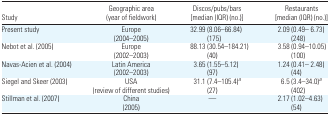
<table><thead><tr><td><b>Study</b></td><td><b>Geographic area (year of fieldwork)</b></td><td><b>Discos/pubs/bars [median (IQR) (no.)]</b></td><td><b>Restaurants [median (IQR) (no.)]</b></td></tr></thead><tbody><tr><td>Present study</td><td>Europe (2004–2005)</td><td>32.99 (8.06–66.84) (175)</td><td>2.09 (0.49– 6.73) (248)</td></tr><tr><td>Nebot et al. (2005)</td><td>Europe (2002–2003)</td><td>88.13 (30.54–184.21) (40)</td><td>3.58 (0.94–10.05) (100)</td></tr><tr><td>Navas-Acien et al. (2004)</td><td>Latin America (2002–2003)</td><td>3.65 (1.55–5.12) (97)</td><td>1.24 (0.41– 2.48) (44)</td></tr><tr><td>Siegel and Skeer (2003)</td><td>USA (review of different studies)</td><td>31.1 (7.4–105.4)a (27)</td><td>6.5 (3.4–34.0)a (402)</td></tr><tr><td>Stillman et al. (2007)</td><td>China (2005)</td><td>—</td><td>2.17 (1.02–4.63) (54)</td></tr></tbody></table>